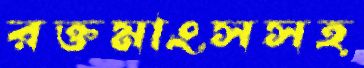
রক্তমাংসসহ